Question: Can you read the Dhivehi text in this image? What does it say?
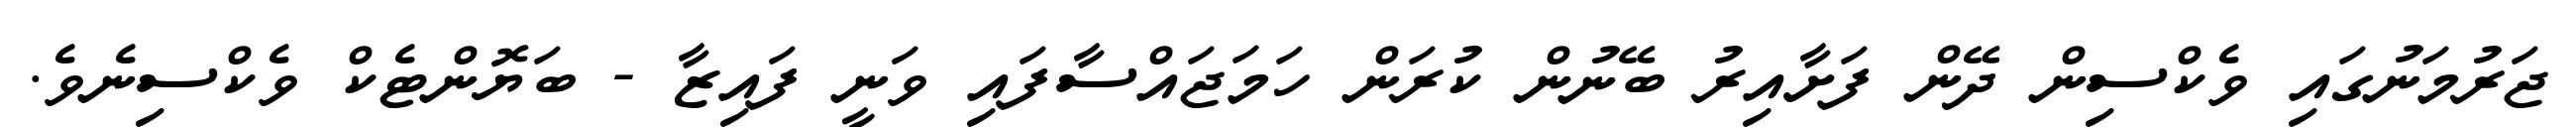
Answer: ޖަރުމަނުގައި ވެކްސިން ދޭން ފަށާއިރު ބޭނުން ކުރަން ހަމަޖައްސާފައި ވަނީ ފައިޒާ - ބަޔޮންޓެކް ވެކްސިނެވެ.